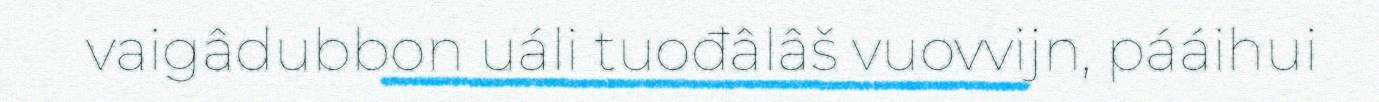
vaigâdubbon uáli tuođâlâš vuovvijn, pááihui